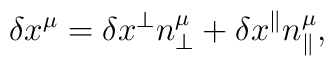
\delta x^\mu=\delta x^\perp n^\mu_\perp+\delta x^\parallel n^\mu_\parallel,